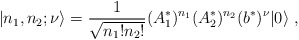
\begin{align*}|n_1 ,n_2 ;\nu \rangle =\frac{1}{\sqrt{n_1 ! n_2 !}}(A^*_1)^{n_1} (A^*_2)^{n_2} (b^*)^{\nu} |0 \rangle \ ,\end{align*}